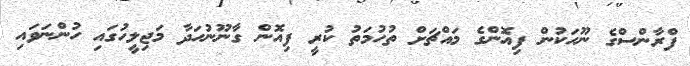
ފްރާންސްގެ ނޫހަކުން ފިއޮންގެ މައްޗަށް ތުހުމަތު ކުރީ ފިއޮން ގާނޫނުހަދާ މަޖިލީހުގައި ހުންނަވައި